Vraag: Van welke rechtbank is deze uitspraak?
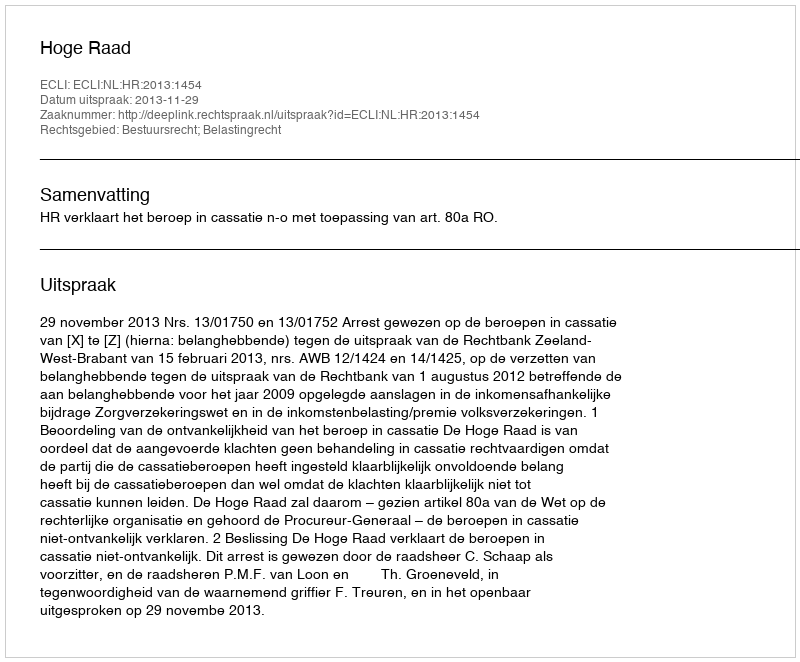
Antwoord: Hoge Raad